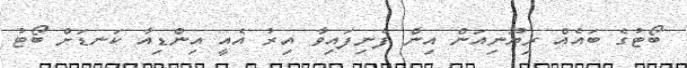
ބޯޓުގެ ބައެއް ރިޔޫނިއަން އިން ފެނިފައިވާ އިރު އެއީ އިންޑިއާ ކަނޑަަށް ބޯޓު